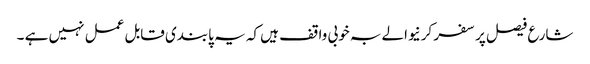
شارع فیصل پر سفر کرنیوالے بہ خوبی واقف ہیں کہ یہ پابندی قابل عمل نہیں ہے ۔